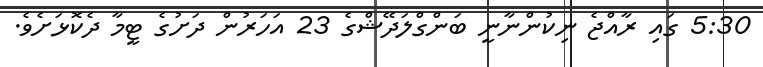
5:30 ގައި ރާއްޖެ ނިކުންނާނީ ބަންގްލަދޭޝްގެ 23 އަހަރުން ދަށުގެ ޓީމާ ދެކޮޅަށެވެ.